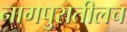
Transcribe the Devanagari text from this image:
नागपुरातीलच